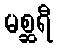
မစ္ဆရီ